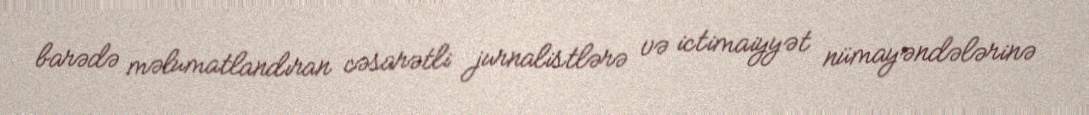
barədə məlumatlandıran cəsarətli jurnalistlərə və ictimaiyyət nümayəndələrinə